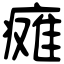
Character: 瘫